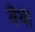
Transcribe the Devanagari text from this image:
वैथी